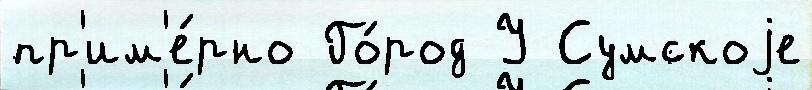
пр'им'е́рно Го́род У Сумскоjе